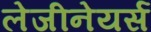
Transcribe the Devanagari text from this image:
लेजीनेयर्स